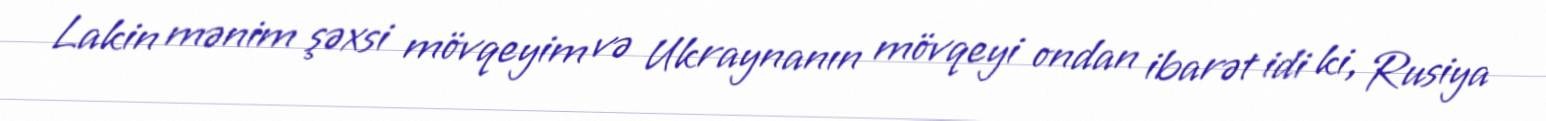
Lakin mənim şəxsi mövqeyim və Ukraynanın mövqeyi ondan ibarət idi ki, Rusiya